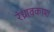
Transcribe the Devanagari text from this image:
रंध्रावकाश